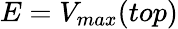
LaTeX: E=V_{max}(top)